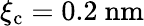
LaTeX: {\xi_{\mathrm{c}}=0.2\ \mathrm{nm}}